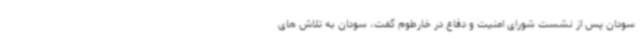
سودان پس از نشست شورای امنیت و دفاع در خارطوم گفت، سودان به تلاش های